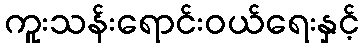
ကူးသန်းရောင်းဝယ်ရေးနှင့်